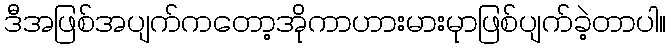
ဒီအဖြစ်အပျက်ကတော့အိုကာဟားမားမုာဖြစ်ပျက်ခဲ့တာပါ။